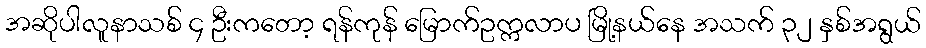
အဆိုပါလူနာသစ် ၄ ဦးကတော့ ရန်ကုန် မြောက်ဥက္ကလာပ မြို့နယ်နေ အသက် ၃၂ နှစ်အရွယ်